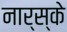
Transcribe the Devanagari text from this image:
नार्स्के